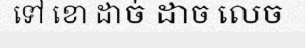
ទៅ ខោ ដាច់ ដាច លេច